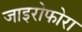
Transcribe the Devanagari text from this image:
जाइरोफोरा